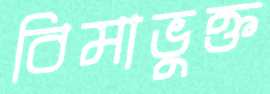
বিমাভুক্ত